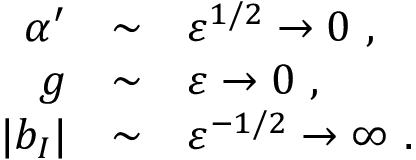
\begin{array} { r c l } { { \alpha ^ { \prime } } } & { { \sim } } & { { \varepsilon ^ { 1 / 2 } \to 0 ~ , } } \\ { { g } } & { { \sim } } & { { \varepsilon \to 0 ~ , } } \\ { { | b _ { I } | } } & { { \sim } } & { { \varepsilon ^ { - 1 / 2 } \to \infty ~ . } } \end{array}